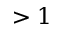
> 1